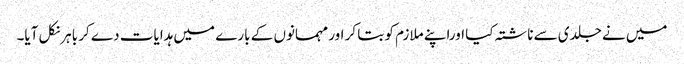
میں نے جلدی سے ناشتہ کیا اوراپنے ملازم کو بتا کر اور مہمانوں کے بارے میں ہدایات دے کر باہرنکل آیا۔